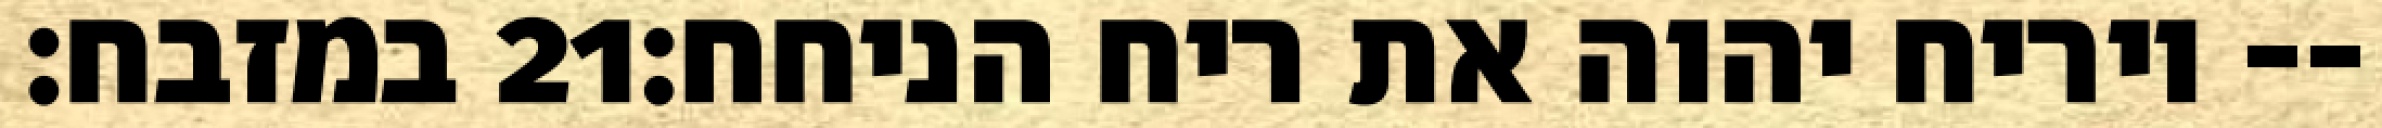
במזבח׃ ‎21‏ ויריח יהוה את ריח הניחח׃--